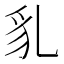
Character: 𧲠